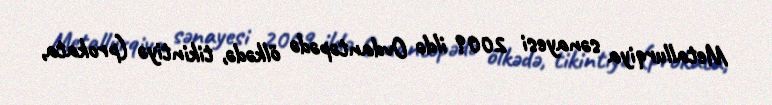
Metallurqiya sənayesi 2009 ildə Ovdantəpədə ölkədə, tikintiyə (prokata,